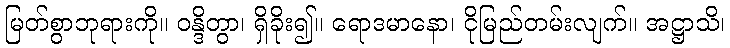
မြတ်စွာဘုရားကို။ ဝန္ဒိတွာ၊ ရှိခိုး၍။ ရောဒမာနော၊ ငိုမြည်တမ်းလျက်။ အဋ္ဌာသိ၊